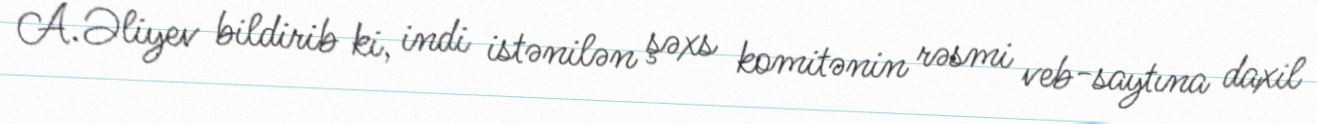
A.Əliyev bildirib ki, indi istənilən şəxs komitənin rəsmi veb-saytına daxil